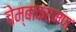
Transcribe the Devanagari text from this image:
चेम्बाकरमण